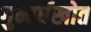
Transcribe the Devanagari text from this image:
गुन्वर्धखोत